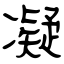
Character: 凝